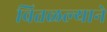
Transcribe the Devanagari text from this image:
वितळल्याने